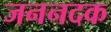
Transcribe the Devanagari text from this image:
जननदक